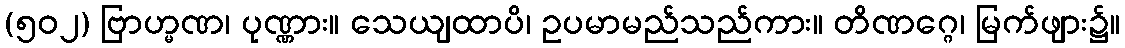
(၅၀၂) ဗြာဟ္မဏ၊ ပုဏ္ဏား။ သေယျထာပိ၊ ဥပမာမည်သည်ကား။ တိဏဂ္ဂေ၊ မြက်ဖျား၌။